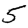
Digit: 5